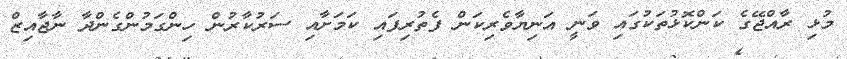
މުޅި ރާއްޖޭގެ ކަންކޮޅުތަކުގައި ވަނީ އަނިޔާވެރިކަން ފެތުރިފައި ކަމަށާއި ސަރުކާރުން ހިންގަމުންގެންދާ ނާޖާއިޒް